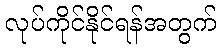
လုပ်ကိုင်နိုင်ရန်အတွက်